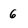
Character: 6